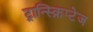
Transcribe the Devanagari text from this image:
ट्रान्स्क्रिप्टेज